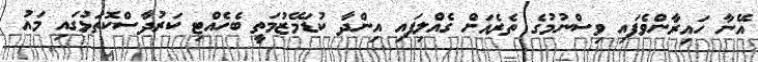
އޭނާ ހައިރާންވެފައި ވިސްނުމުގެ ތެރެއަށް ގެއްލިފައި އިންދާ ކުޑަމޭޒުމަތީ ބެހެއްޓި ކަރުދާސްކޮތަޅުގައި މައު